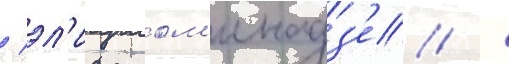
/ эл'исо лом'инадз'е /